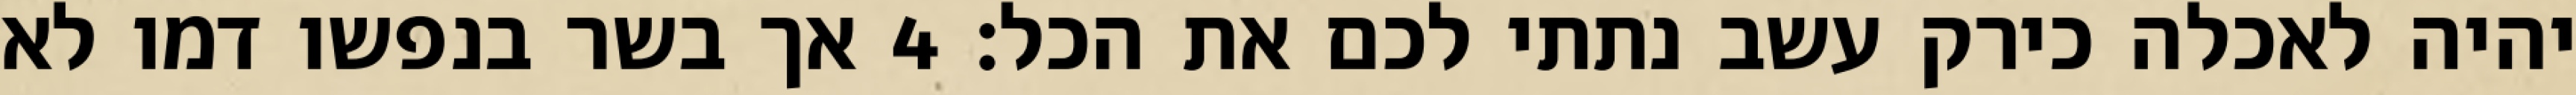
יהיה לאכלה כירק עשב נתתי לכם את הכל׃ ‎4‏ אך בשר בנפשו דמו לא